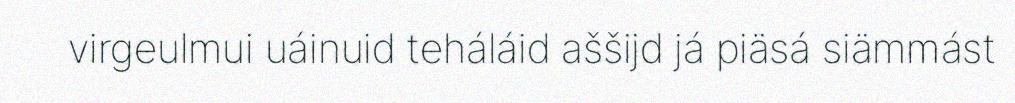
virgeulmui uáinuid teháláid aššijd já piäsá siämmást